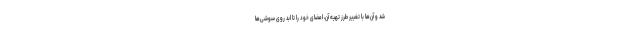
شد و آن‌ها با تغییر طرز تهیه آن، امضای خود را تا ابد روی سوشی‌ها